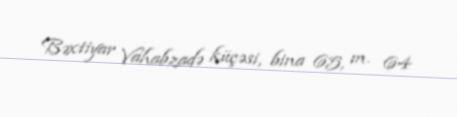
Bəxtiyar Vahabzadə küçəsi, bina 65, m. 64